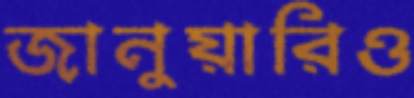
জানুয়ারিও